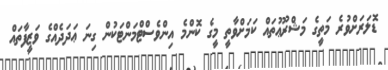
ޑޮލަރަށްވުރެ މަތީގެ މަޝްރޫޢުތައް ކަމަށްވާތީ މީގެ ކޮންމެ އިންވެސްޓްމަންޓަކުން ގިނަ ޢަދަދެއްގެ ވަޒީފާތައް